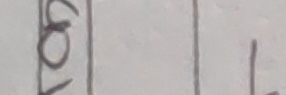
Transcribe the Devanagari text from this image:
५ १